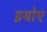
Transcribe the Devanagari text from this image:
इयोए